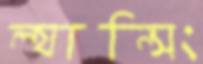
ল্যান্সিং